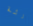
رئة